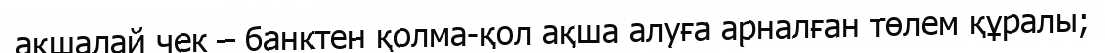
ақшалай чек – банктен қолма-қол ақша алуға арналған төлем құралы;